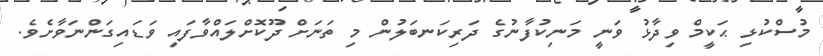
މުސްކުޅި ޙަކީމް ވިދާޅު ވަނީ މަނިކުފާނުގެ ދަރިކަނބަލުން މި ތަނަށް ދޫކޮށްލައްވާފައި ވަޑައިގަންނަވާށެވެ.